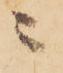
ニ